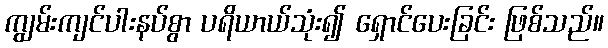
ကျွမ်းကျင်ပါးနပ်စွာ ပရိယာယ်သုံး၍ ရှောင်ပေးခြင်း ဖြစ်သည်။